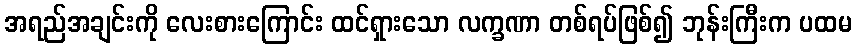
အရည်အချင်းကို လေးစားကြောင်း ထင်ရှားသော လက္ခဏာ တစ်ရပ်ဖြစ်၍ ဘုန်းကြီးက ပထမ